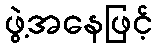
ဖွဲ့အနေဖြင့်